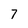
Character: 7